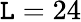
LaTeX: \mathtt{L}=24